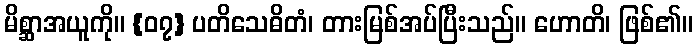
မိစ္ဆာအယူကို။ {၀၇} ပတိသေဓိတံ၊ တားမြစ်အပ်ပြီးသည်။ ဟောတိ၊ ဖြစ်၏။